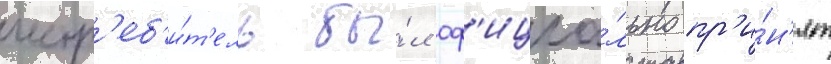
истр'еб'и́т'ель бы́л оф'ициа́льно пр'и́н'ят